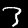
Label: 3